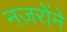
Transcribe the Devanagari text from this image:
नज़रोंने